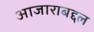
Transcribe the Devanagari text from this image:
आजाराबद्दल